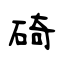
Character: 碕